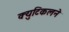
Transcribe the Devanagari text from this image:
क्युटिकलने